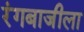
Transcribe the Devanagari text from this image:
रंगबाजीला